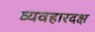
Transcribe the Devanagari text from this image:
व्यवहारदक्ष